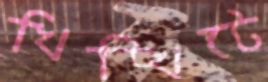
খিট্‌খিটে